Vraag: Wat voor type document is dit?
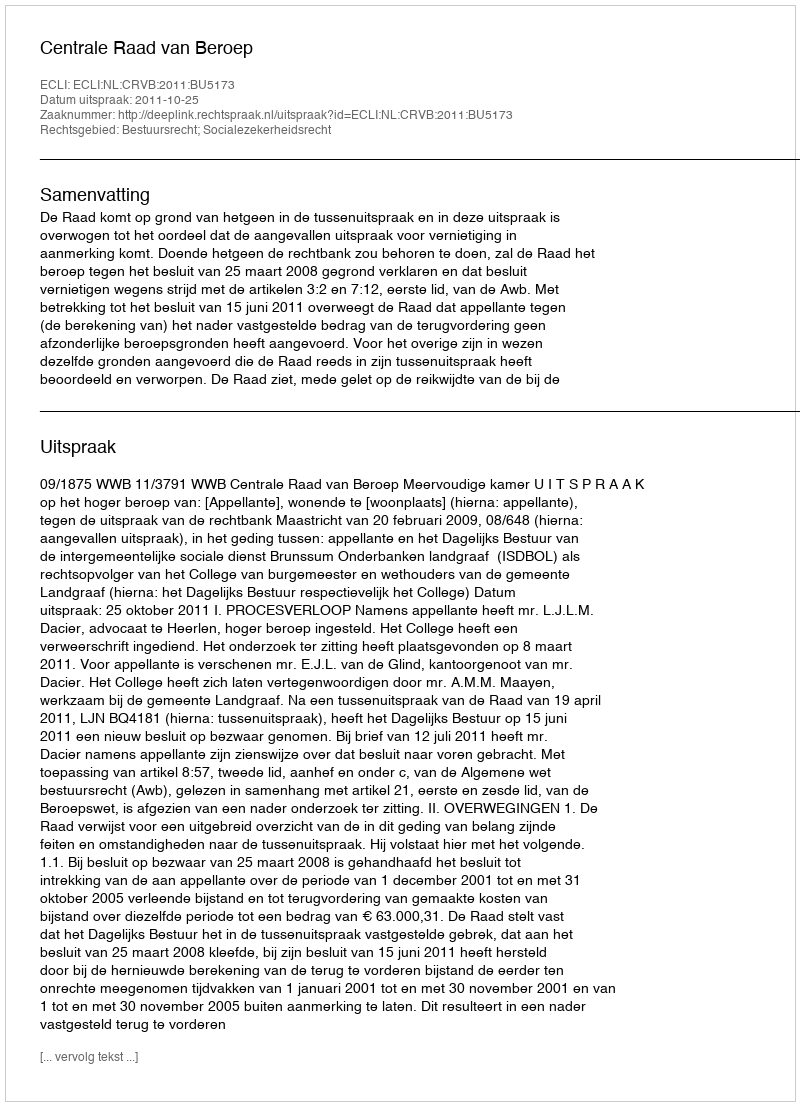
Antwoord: Uitspraak